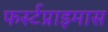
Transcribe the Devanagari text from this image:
फर्स्टप्राइमास